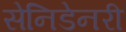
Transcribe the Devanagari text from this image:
सेनिडेनरी